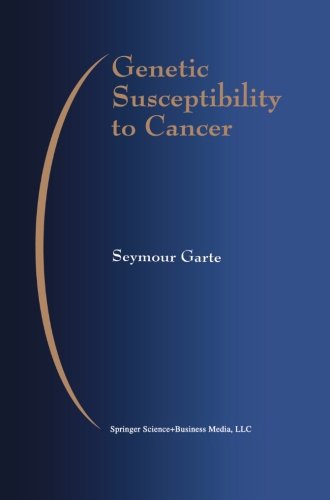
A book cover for Genetic Susceptibility to Cancer (Developments in Oncology); Seymour Garte; Medical Books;